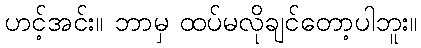
ဟင့်အင်း။ ဘာမှ ထပ်မလိုချင်တော့ပါဘူး။